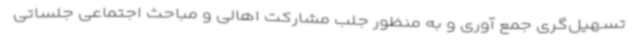
تسهیل‌گری جمع آوری و به منظور جلب مشارکت اهالی و مباحث اجتماعی جلساتی